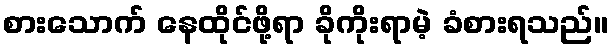
စားသောက် နေထိုင်ဖို့ရာ ခိုကိုးရာမဲ့ ခံစားရသည်။